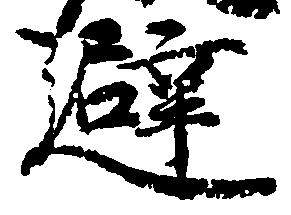
避